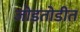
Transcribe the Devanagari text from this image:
जोडतोडीत